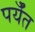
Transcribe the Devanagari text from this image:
पर्यँत